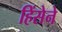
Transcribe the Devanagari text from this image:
हिंसेने